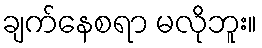
ချက်နေစရာ မလိုဘူး။